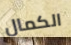
الكمال